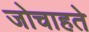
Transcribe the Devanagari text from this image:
जोचाहते